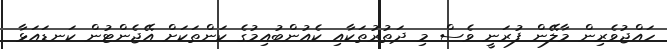
ހައްޖުވެރިން މާލޭން ފުރަނީ ވެސް މި ދަތުރުތަކާއި ކެއުންބުއިމުގެ ކަންތަކަށް އޭޖެންޓުން ކަނޑައަޅާ